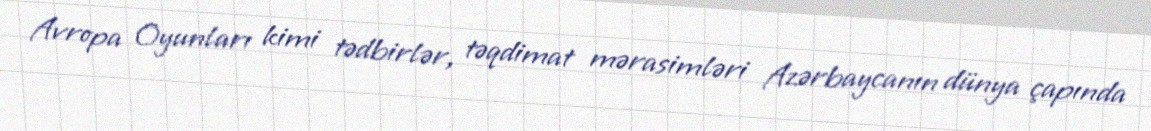
Avropa Oyunları kimi tədbirlər, təqdimat mərasimləri Azərbaycanın dünya çapında